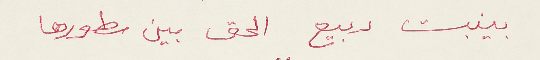
بينبت ربيع الحق بين سطورها